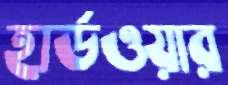
হার্ডওয়ার